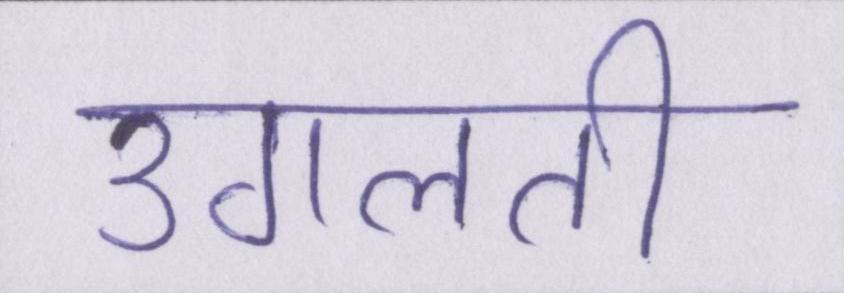
उगलती